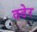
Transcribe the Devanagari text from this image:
ठठेर